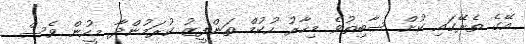
އޭގެ ތެރޭގައި ކުށް ސާބިތުވެ މިހާރު ހުކުމް ތަންފީޒު ކުރަމުންދާ މީހުން ވެސް